Medical and sanitary report of the native army of Bengal for the year
Year: 1877
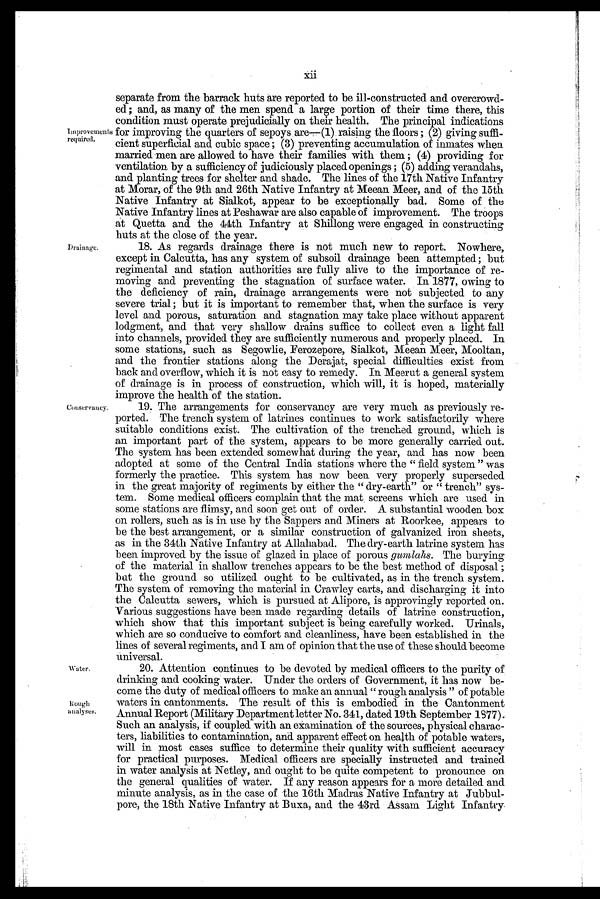
xii
Improvements
required.
Drainage.
Conservancy.
Water.
Rough
analyses.
separate from the barrack huts are reported to be ill-constructed and overcrowd-
ed ; and, as many of the men spend a large portion of their time there, this
condition must operate prejudicially on their health. The principal indications
for improving the quarters of sepoys are—(1) raising the floors ; (2) giving suffi-
cient superficial and cubic space ; (3) preventing accumulation of inmates when
married men are allowed to have their families with them ; (4) providing for
ventilation by a sufficiency of judiciously placed openings ; (5) adding verandahs,
and planting trees for shelter and shade. The lines of the 17th Native Infantry
at Morar, of the 9th and 26th Native Infantry at Meean. Meer, and of the 15th
Native Infantry at Sialkot, appear to be exceptionally bad. Some of the
Native Infantry lines at Peshawar are also capable of improvement. The troops
at Quetta and the 44th Infantry at Shillong were engaged in constructing
huts at the close of the year.
18. As regards drainage there is not much new to report. Nowhere,
except in Calcutta, has any system of subsoil drainage been attempted; but
regimental and station authorities are fully alive to the importance of re-
moving and preventing the stagnation of surface water. In 1877, owing to
the deficiency of rain, drainage arrangements were not subjected to any
severe trial ; but it is important to remember that, when the surface is very
level and porous, saturation and stagnation may take place without apparent
lodgment, and that very shallow drains suffice to collect even a light fall
into channels, provided they are sufficiently numerous and properly placed. In
some stations, such as Segowlie, Ferozepore, Sialkot, Meean Meer, Mooltan,
and the frontier stations along the Derajat, special difficulties exist from
back and overflow, which it is not easy to remedy. In Meerut a general system
of drainage is in process of construction, which will, it is hoped, materially
improve the health of the station.
19. The arrangements for conservancy are very much as previously re-
ported. The trench system of latrines continues to work satisfactorily where
suitable conditions exist. The cultivation of the trenched ground, which is
an important part of the system, appears to be more generally carried out.
The system has been extended somewhat during the year, and has now been
adopted at some of the Central India stations where the " field system " was
formerly the practice. This system has now been very properly superseded
in the great majority of regiments by either the " dry-earth" or " trench" sys-
tem. Some medical officers complain that the mat, screens which are used in
some stations are flimsy, and soon get out of order. A substantial wooden box
on rollers, such as is in use by the Sappers and Miners at Roorkee, appears to
be the best arrangement, or a similar construction of galvanized iron sheets,
as in the 34th Native Infantry at Allahabad. The dry-earth latrine system has
been improved by the issue of glazed in place of porous gumlahs. The burying
of the material in shallow trenches appears to be the best method of disposal ;
but the ground so utilized ought to be cultivated, as in the trench system.
The system of removing the material in Crawley carts, and discharging it into
the Calcutta sewers, which is pursued at Alipore, is approvingly reported on.
Various suggestions have been made regarding details of latrine construction,
which show that this important subject is being carefully worked. Urinals,
which are so conducive to comfort and cleanliness, have been established in the
lines of several regiments, and I am of opinion that the use of these should become
universal.
20. Attention continues to be devoted by medical officers to the purity of
drinking and cooking water. Under the orders of Government, it has now be-
come the duty of medical officers to make an annual " rough analysis " of potable
waters in cantonments. The result of this is embodied. in the Cantonment
Annual Report (Military Department letter No. 341, dated 19th September 1877).
Such an analysis, if coupled with an examination of the sources, physical charac-
ters, liabilities to contamination, and apparent effect on health of potable waters,
will in most cases suffice to determine their quality with sufficient accuracy
for practical purposes. Medical officers are specially instructed and trained
in water analysis at Netley, and ought to be quite competent to pronounce on
the general qualities of water. If any reason appears for a more detailed and
minute analysis, as in the case of the 16th Madras Native Infantry at
J u b b u l - p o r e , t h e 1 8 t h N a t i v e I n f a n t r y a t B u x a , a n d t h e 4 3 r d A s s a m L i g h t I n f a n t r y .